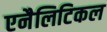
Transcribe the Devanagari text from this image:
एनैलिटिकल